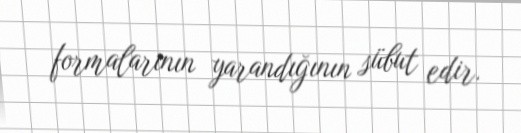
formalarının yarandığının sübut edir.